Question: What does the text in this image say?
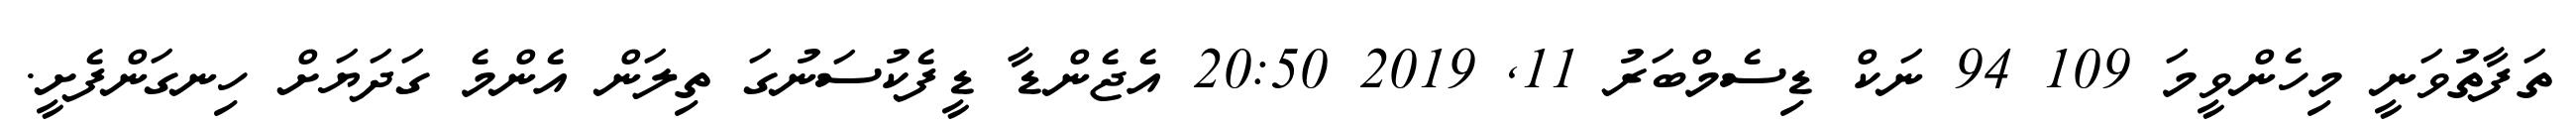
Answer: ތަފާތުވަނީ މިހެންވީމަ 109 94 ނަކް ޑިސެމްބަރު 11, 2019 20:50 އެޖެންޑާ ޑީފެކުސަނުގަ ތިލަން އެންމެ ގަދަޔަށް ހިނގަންފެށީ.